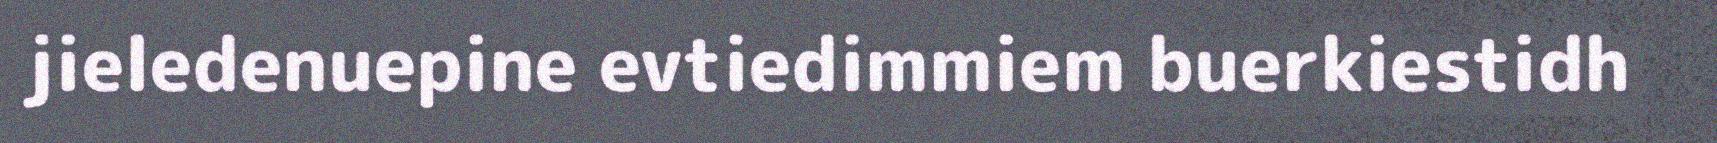
jieledenuepine evtiedimmiem buerkiestidh